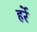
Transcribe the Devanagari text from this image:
हर्रे